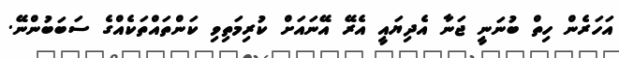
އަހަރެން ހިތް ބުނަނީ ޖަނާ އެދިޔައީ އެރޭ އޭނައަށް ކުރިމަތިވި ކަންތައްތަކެއްގެ ސަބަބުންނޭ.